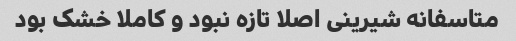
متاسفانه شیرینی اصلا تازه نبود و کاملا خشک بود